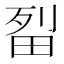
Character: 㽝